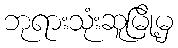
ဘုရားသုံးဆူမြို့မှ